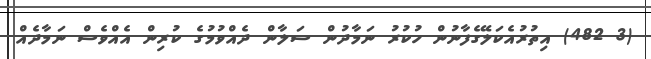
(3 482) އިތުރުއެކަލޭގެފާނުން ހުކުރު ނަމާދުން ސަލާން ދެއްވުމުގެ ކުރިން އެއްވެސް ނަމާދެއް